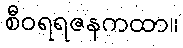
စီဝရရဇနကထာ။